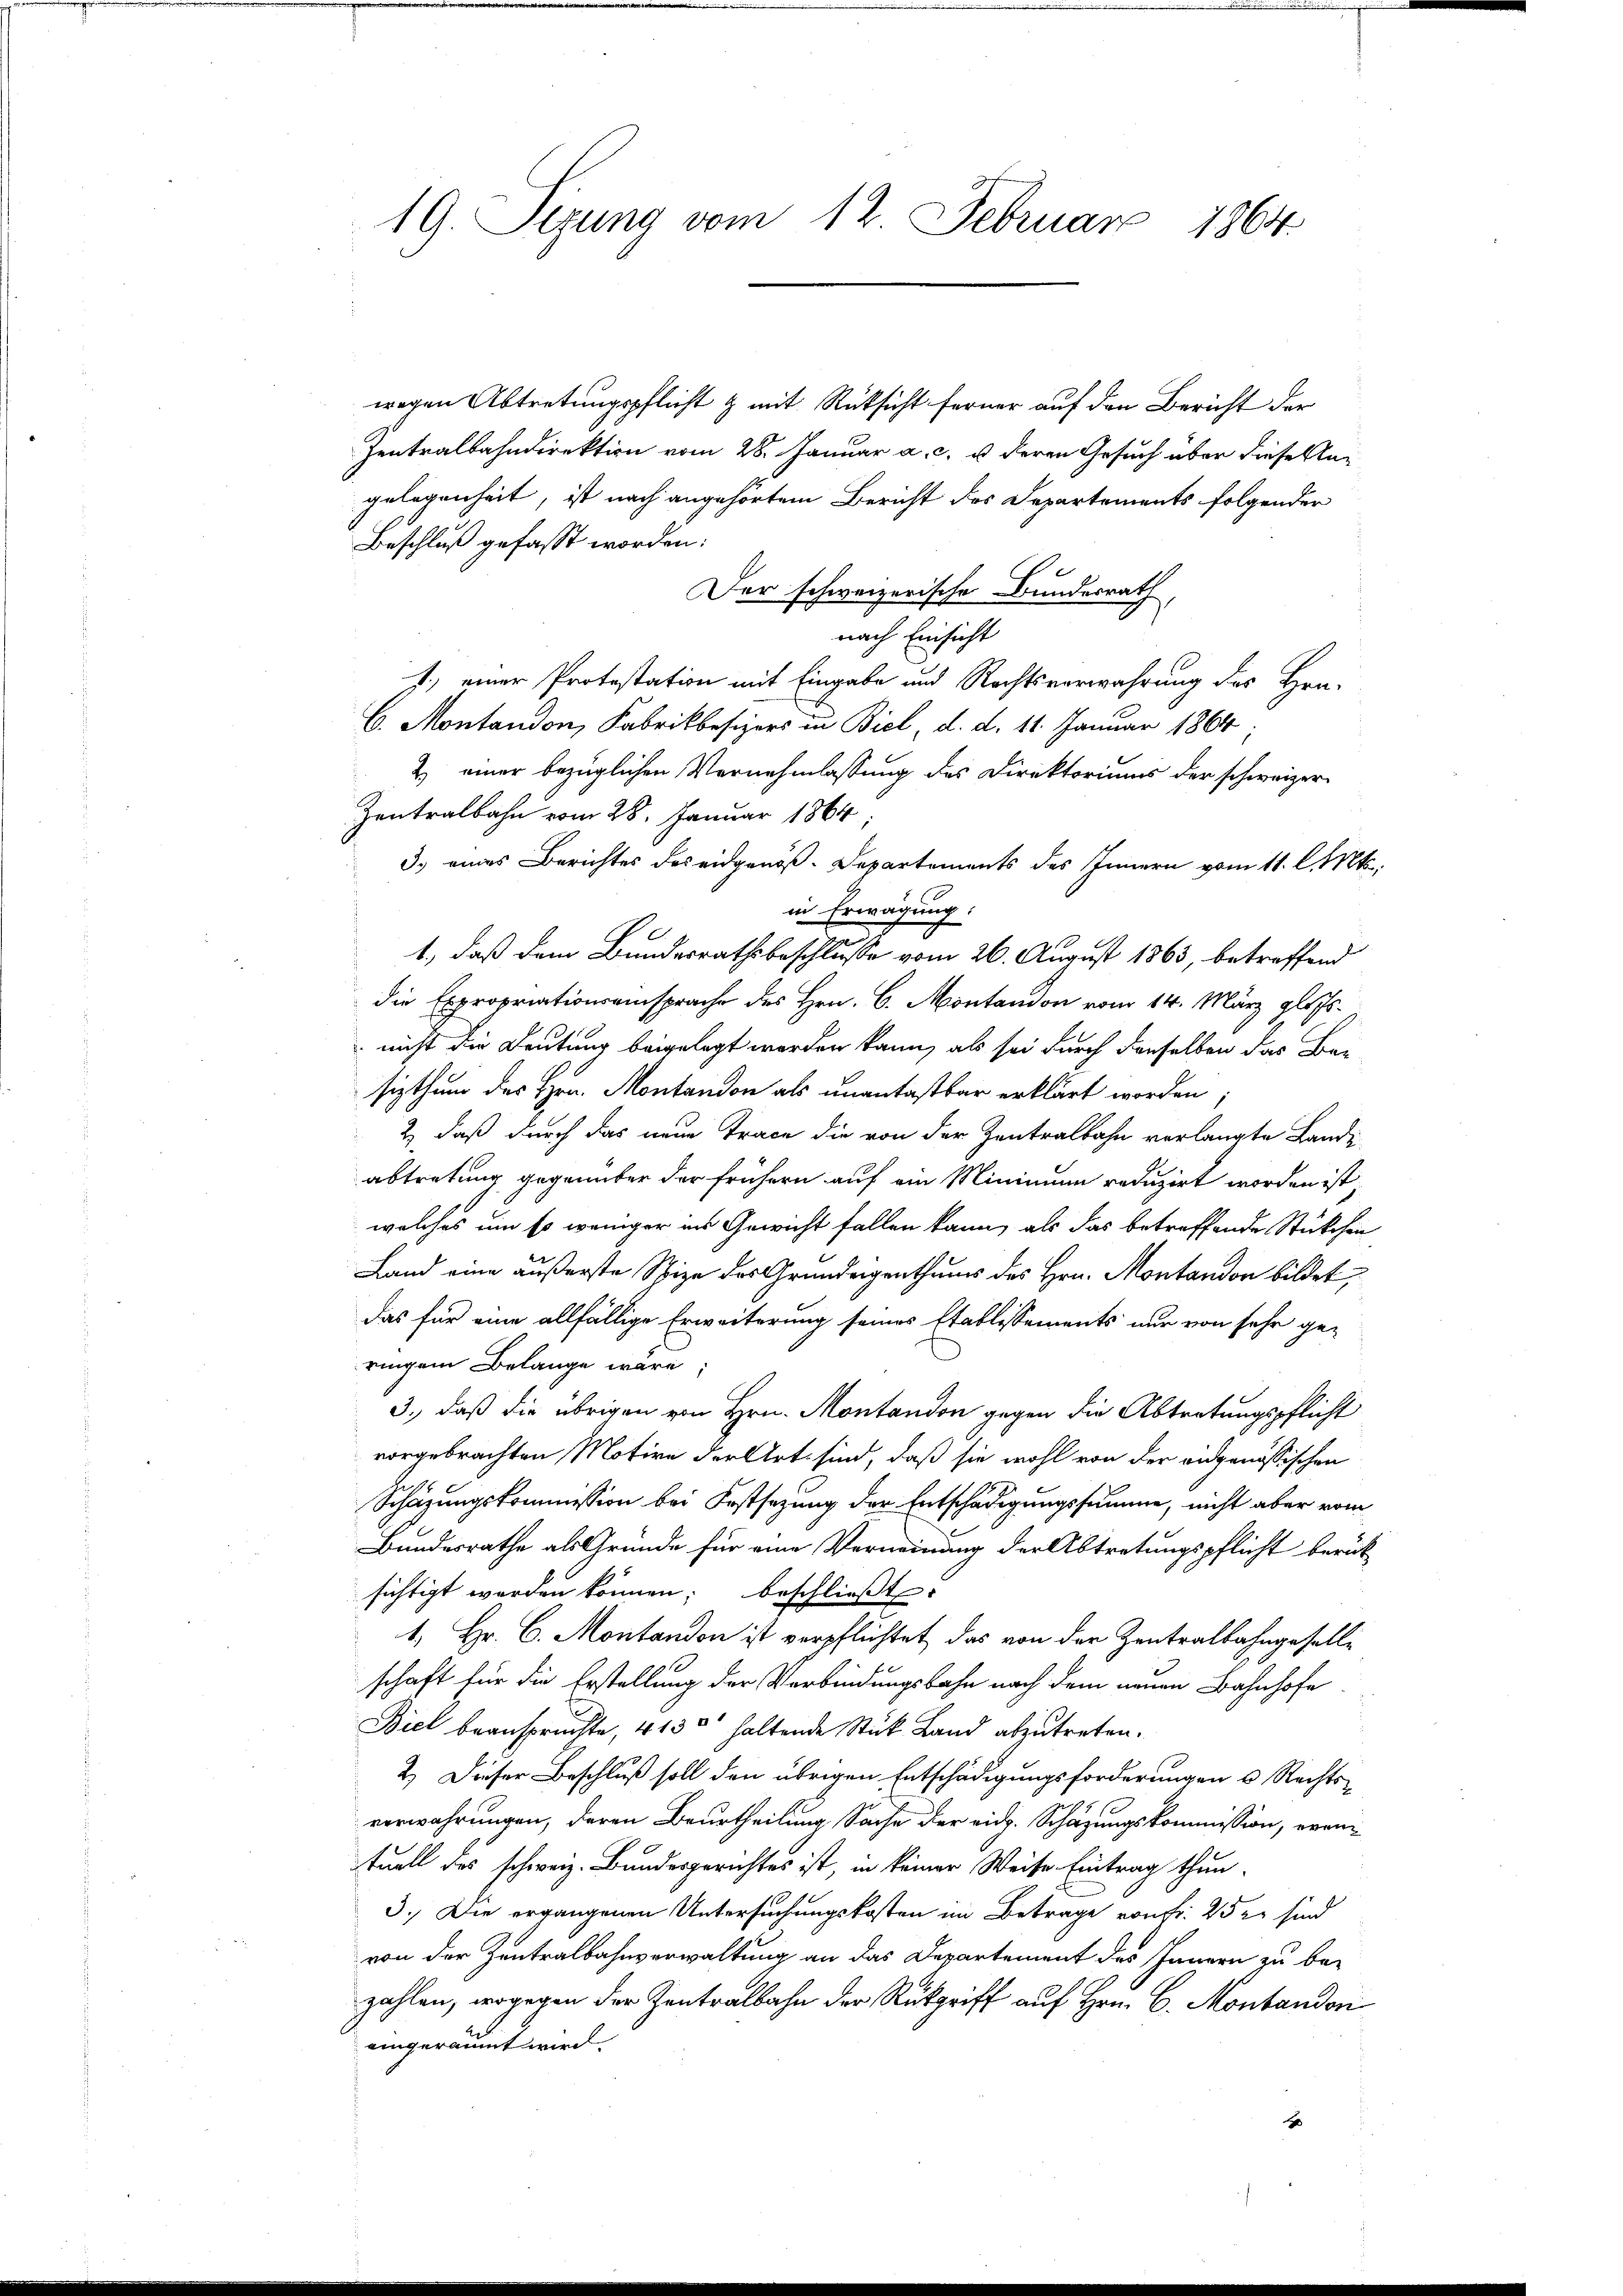
19. Sitzung vom 12 Februar 1864

wegen Abtretungspflicht & mit Rüksicht ferner auf den Bericht der
Zentralbahndirektion vom 28. Januar a. c. u. deren Gesuch über diese Angelegenheit, ist nach angehörtem Bericht des Departements folgender
Beschluß gefasst worden:
Der schweizerische Bundesrath,
nach Einsicht
J) einer Protestation mit Eingabe und Rechtsverwahrung des Hrn.
C. Montandon, Fabrikbesizers in Biel, d. d. 11. Januar 1864.
2) einer bezüglichen Vernehmlassung des Direktoriums der schweizer
Zentralbahn vom 28. Januar 1864;
3.) eines Berichtes des eidgenöß-Departements des Innern vom 11. l. Mts.
in Erwägung.
1., daß dem Bundesrathsbeschlusse vom 26. August 1863, betreffend
die Expropriationsansprache des Hrn. C. Montandon vom 14. März glits.
nicht die Deutung beigelegt worden kann, als sei durch denselben das Be-
sizthum des Hrn. Montandon als unantastbar erklärt worden
2) daß durch das neue Trace die von der Zentralbahn verlangte Lande
abtretung gegenüber der frühern auf ein Minimum reduzirt worden ist;
welches um so weniger ins Gewicht fallen kann, als das betreffende Stückchen
Land eine äußerste Spize des Grundeigenthums des Hrn. Montandon bildet,
Das für eine allfällige Erweiterung seines Etablissements nur von sehr ge-
ringen Belange wäre,
3., daß die übrigen von Hrn. Montandon gegen die Abtretungspflicht
vorgebrachten Motive der Art sind, daß sie wohl von der eidgenössischen
Schäzungskommission bei Festsezung der Entschädigungssumme, nicht aber vom
Bundesrathe als Gründe für eine Verneinung der Abtretungspflicht berück-
sichtigt worden können; beschließt:
1. Hr. C. Montandon ist verpflichtet, das von der Zentralbahngeselle
schaft für die Erstellung der Verbindungsbahn nach dem neuen Bahnhofe
Biel beansprüchte, 4130 haltende Stück Land abzutreten.
2.) Dieser Beschluß soll den übrigen Entschädigungsforderungen u Rechts-
verwahrungen, deren Beurtheilung Sache der eidg. Schäzungskommission, eventuell des schweiz. Bundesgerichtes ist, in keiner Weise Eintrag thun-
3.) Die ergangenen Untersuchungskosten im Betrage von fr. 25 Xr sind
von der Zentralbahnverwaltung an das Departement des Innern zu be-
zahlen, wogegen der Zentralbahn der Rückgriff auf Hrn. C. Montandon
eingeräumt wird.
xx